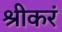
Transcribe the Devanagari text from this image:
श्रीकरं